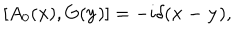
LaTeX: [ A _ { 0 } ( { \bf x } ) , G ( { \bf y } ) ] = - i \delta ( { \bf x - y } ) ,